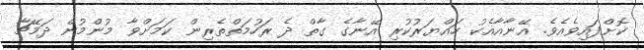
ކޮށްފައިވެއެވެ. އޭނާއާއެކު ހައްޔަރުކުރި އޭނާގެ ގާތް ދެ ރަހުމަތްތެރިން ކަމަށްވާ މުންމުން ދަމޭޗާ